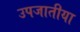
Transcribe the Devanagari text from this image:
उपजातीया